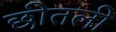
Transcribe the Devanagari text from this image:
छीतली